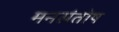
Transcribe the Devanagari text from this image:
मनसंतोष